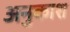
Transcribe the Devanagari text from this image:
अनुकाश